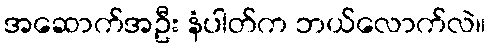
အဆောက်အဦး နံပါတ်က ဘယ်လောက်လဲ။